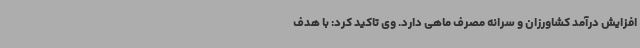
افزایش درآمد کشاورزان و سرانه مصرف ماهی دارد. وی تاکید کرد: با هدف